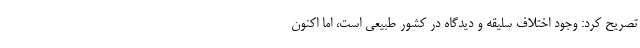
تصریح کرد: وجود اختلاف سلیقه و دیدگاه در کشور طبیعی است، اما اکنون